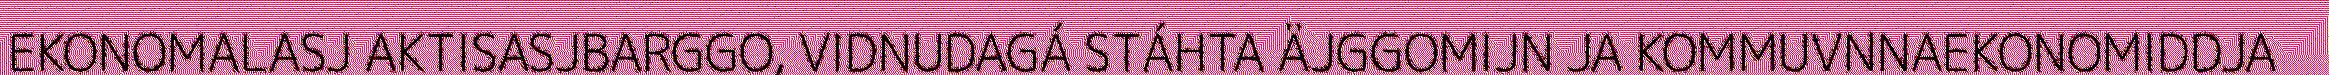
EKONOMALASJ AKTISASJBARGGO, VIDNUDAGÁ STÁHTA ÄJGGOMIJN JA KOMMUVNNAEKONOMIDDJA